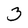
Character: 3